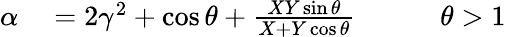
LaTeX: \begin{array}{rlr}{\alpha}&{{}=2\gamma^{2}+\cos\theta+\frac{XY\sin\theta}{X+Y\cos\theta}\qquad}&{\theta>1}\end{array}